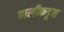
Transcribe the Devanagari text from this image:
पालीकडून